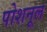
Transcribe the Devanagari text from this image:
पोशनूल